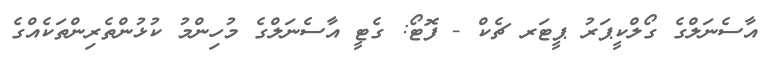
އާސެނަލްގެ ގޯލްކީޕަރު ޕީޓަރ ޗެކް - ފޮޓޯ: ގެޓީ އާސެނަލްގެ މުހިންމު ކުޅުންތެރިންތަކެއްގެ